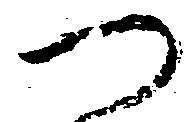
つ